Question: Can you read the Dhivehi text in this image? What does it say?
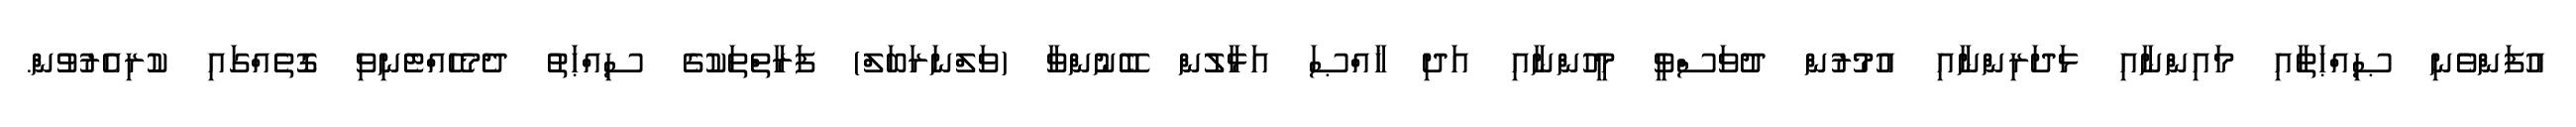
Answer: އުފަންވެނި ޞިއްޙަތާއި މައިންނާއި ޅަދަރިންނާއި އުމުރުން ދުވަސްވީ މީހުންނާއި އަދި ޚާއްޞަ އަޅާލުން ބޭނުންވާ (ވަލްނަރަބަލް) ފަރާތްތަކުގެ ސިއްޙަތު ދެމެހެއްޓެނިވި ގޮތެއްގައި ކުރިއެރުވުން.